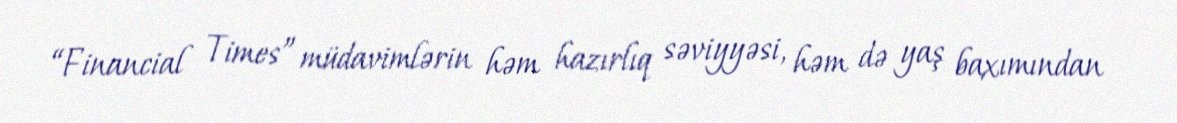
“Financial Times” müdavimlərin həm hazırlıq səviyyəsi, həm də yaş baxımından